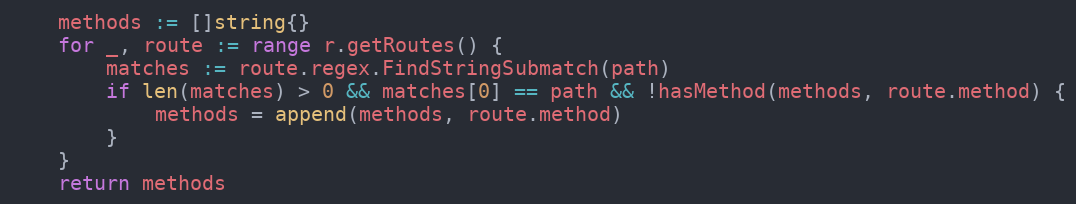
Language: Go
	methods := []string{}
	for _, route := range r.getRoutes() {
		matches := route.regex.FindStringSubmatch(path)
		if len(matches) > 0 && matches[0] == path && !hasMethod(methods, route.method) {
			methods = append(methods, route.method)
		}
	}
	return methods